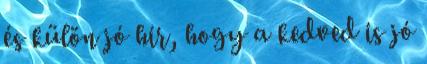
és külön jó hír, hogy a kedved is jó